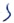
Text: S